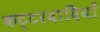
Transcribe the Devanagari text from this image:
कट्टरवादियों